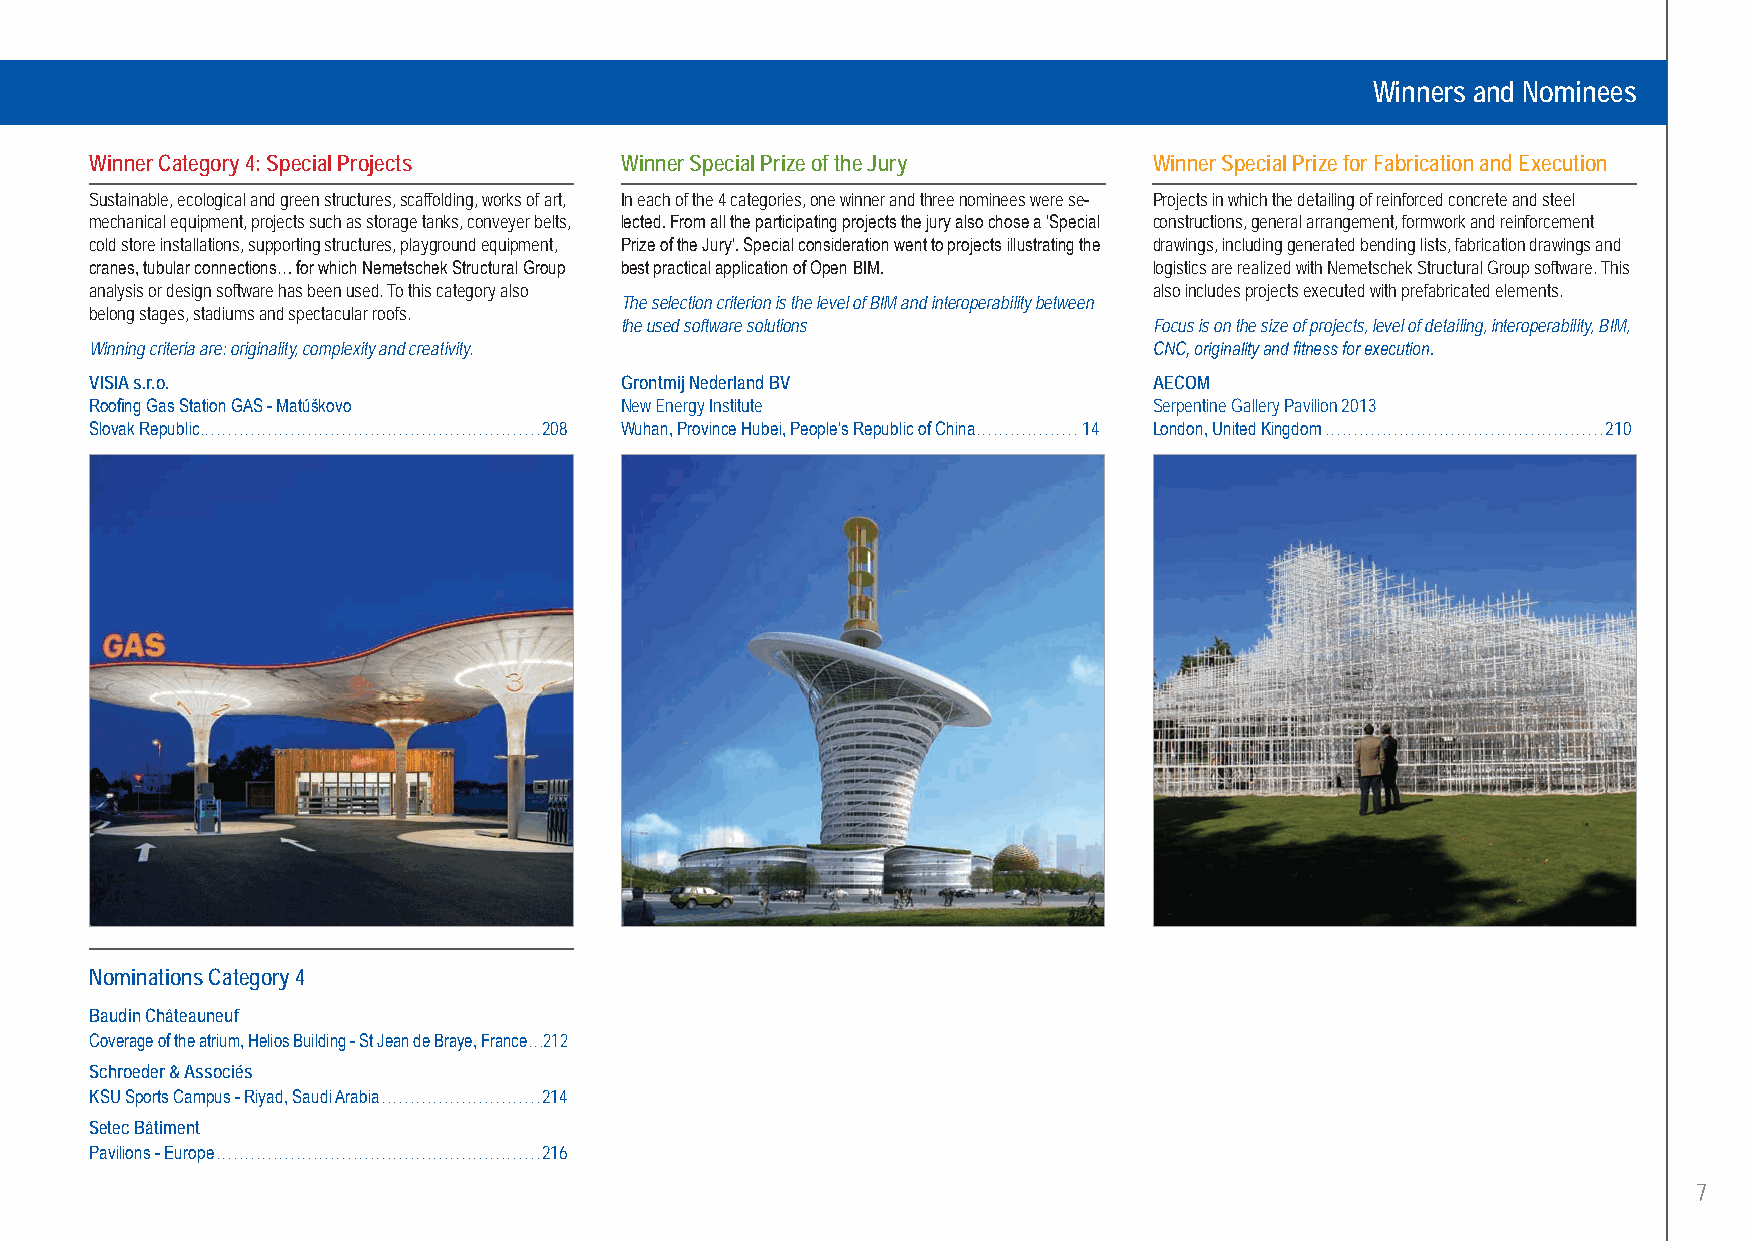
Winners and Nominees
 Winner Category 4: Special Projects Winner Special Prize of the Jury  Winner Special Prize for Fabrication and Execution
 Sustainable, ecological and green structures, scaffolding, works of art, In each of the 4 categories, one winner and three nominees were se- Projects in which the detailing of reinforced concrete and steel
 mechanical equipment, projects such as storage tanks, conveyer belts, lected. From all the participating projects the jury also chose a ‘Special constructions, general arrangement, formwork and reinforcement
 cold store installations, supporting structures, playground equipment, Prize of the Jury’. Special consideration went to projects illustrating the drawings, including generated bending lists, fabrication drawings and
 cranes, tubular connections… for which Nemetschek Structural Group best practical application of Open BIM. logistics are realized with Nemetschek Structural Group software. This
 analysis or design software has been used. To this category also      also includes projects executed with prefabricated elements.
 The selection criterion is the level of BIM and interoperability between
 belong stages, stadiums and spectacular roofs.
 the used software solutions        Focus is on the size of projects, level of detailing, interoperability, BIM,
 Winning criteria are: originality, complexity and creativity.         CNC, originality and fitness for execution.
 VISIA s.r.o.                       Grontmij Nederland BV              AECOM
 Roofing Gas Station GAS - Matúškovo New Energy Institute              Serpentine Gallery Pavilion 2013
 Slovak Republic............................................................208 Wuhan, Province Hubei, People’s Republic of China..................14 London, United Kingdom .................................................210
 Nominations Category 4
 Baudin Châteauneuf
 Coverage of the atrium, Helios Building - St Jean de Braye, France...212
 Schroeder & Associés
 KSU Sports Campus - Riyad, Saudi Arabia ............................214
 Setec Bâtiment
 Pavilions - Europe .........................................................216
 7
 UC-2013-Book-V8.indd 7                                                                                    7/11/2013 12:19:30 PM